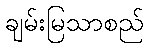
ချမ်းမြသာစည်